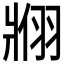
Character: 𬌇